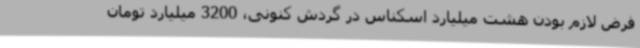
فرض لازم بودن هشت میلیارد اسکناس در گردش کنونی، 3200 میلیارد تومان